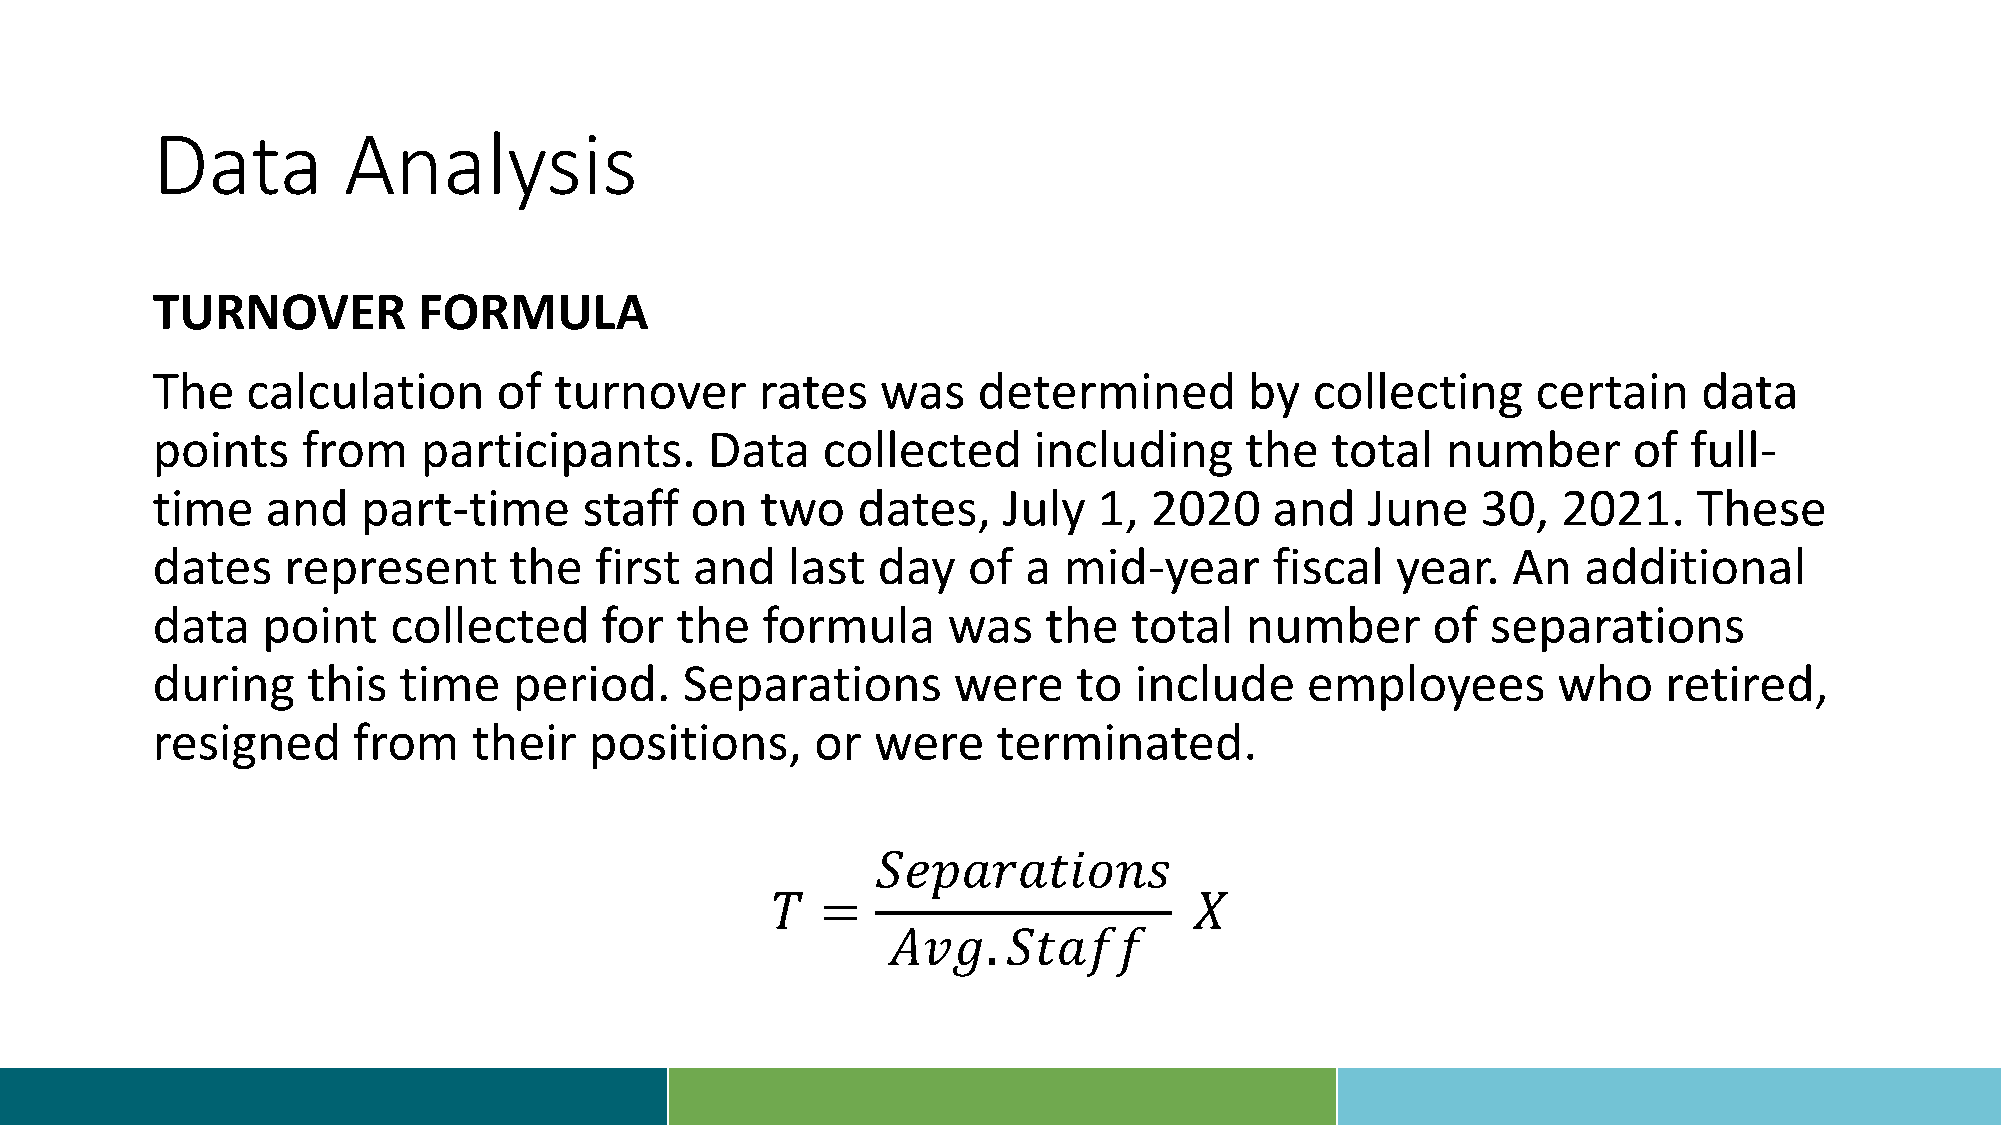
Data         Analysis
 TURNOVER          FORMULA
 The   calculation      of  turnover     rates   was    determined        by  collecting     certain    data
 points    from    participants.      Data   collected     including     the   total   number      of  full-
 time    and   part-time      staff  on  two    dates,   July   1, 2020    and   June    30,  2021.    These
 dates    represent      the  first  and   last  day   of  a mid-year      fiscal  year.   An   additional
 data   point    collected     for  the  formula      was   the   total  number       of  separations
 during    this  time    period.    Separations       were    to  include    employees        who    retired,
 resigned     from    their   positions,     or  were    terminated.
 𝑆𝑒𝑝𝑎𝑟𝑎𝑡𝑖𝑜𝑛𝑠
 𝑇  =                        𝑋
 𝐴𝑣𝑔.    𝑆𝑡𝑎𝑓𝑓